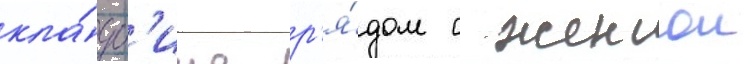
кла́дб'ище р'я́дом с женои